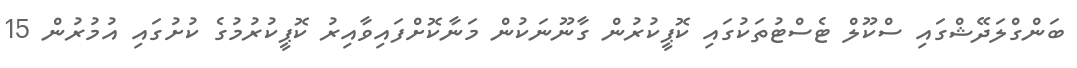
ބަންގްލަދޭޝްގައި ސްކޫލް ޓެސްޓުތަކުގައި ކޮޕީކުރުން ގާނޫނަކުން މަނާކޮށްފައިވާއިރު ކޮޕީކުރުމުގެ ކުށުގައި އުމުރުން 15